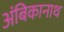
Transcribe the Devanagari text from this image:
अंबिकानाथ